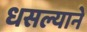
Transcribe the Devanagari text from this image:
धसल्याने